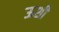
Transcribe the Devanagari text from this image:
ऊशी